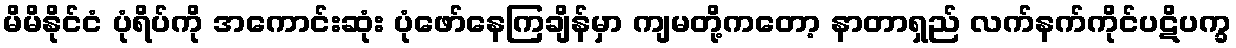
မိမိနိုင်ငံ ပုံရိပ်ကို အကောင်းဆုံး ပုံဖော်နေကြချိန်မှာ ကျမတို့ကတော့ နာတာရှည် လက်နက်ကိုင်ပဋိပက္ခ